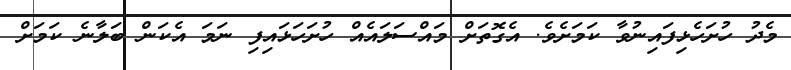
މެދު ހުށަހެޅިފައިނުވާ ކަމަށެވެ. އެގޮތަށް މައްސަލައެއް ހުށަހަޅައިފި ނަމަ އެކަން ބަލާނެ ކަމަށް